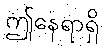
ဤနေရာရှိ